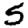
Digit: 5